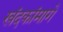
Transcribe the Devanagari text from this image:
खंदकांमागे